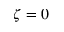
\zeta = 0